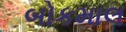
બોકમાલ